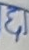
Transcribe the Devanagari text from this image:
ध